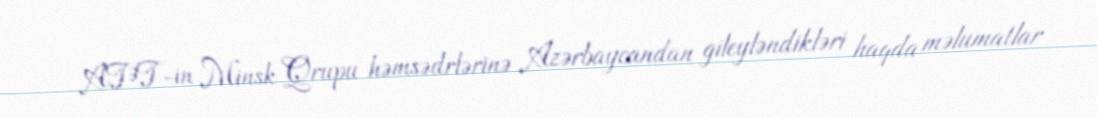
ATƏT-in Minsk Qrupu həmsədrlərinə Azərbaycandan gileyləndikləri haqda məlumatlar